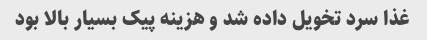
غذا سرد تخویل داده شد و هزینه پیک بسیار بالا بود